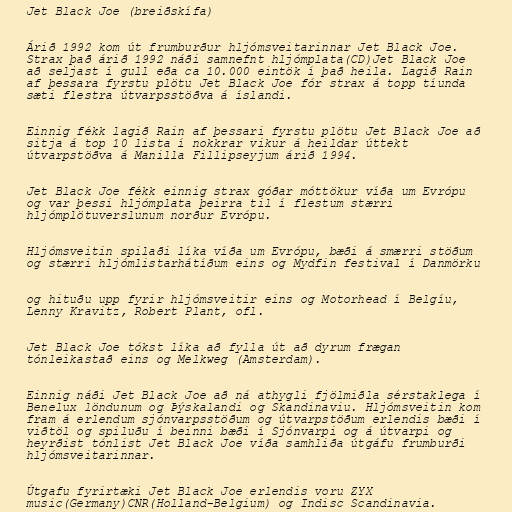
Jet Black Joe (breiðskífa)

Árið 1992 kom út frumburður hljómsveitarinnar Jet Black Joe.
Strax það árið 1992 náði samnefnt hljómplata(CD)Jet Black Joe
að seljast í gull eða ca 10.000 eintök í það heila. Lagið Rain
af þessara fyrstu plötu Jet Black Joe fór strax á topp tíunda
sæti flestra útvarpsstöðva á íslandi.

Einnig fékk lagið Rain af þessari fyrstu plötu Jet Black Joe að
sitja á top 10 lista í nokkrar vikur á heildar úttekt
útvarpstöðva á Manilla Fillipseyjum árið 1994.

Jet Black Joe fékk einnig strax góðar móttökur víða um Evrópu
og var þessi hljómplata þeirra til í flestum stærri
hljómplötuverslunum norður Evrópu.

Hljómsveitin spilaði líka víða um Evrópu, bæði á smærri stöðum
og stærri hljómlistarhátíðum eins og Mydfin festival í Danmörku

og hituðu upp fyrir hljómsveitir eins og Motorhead í Belgíu,
Lenny Kravitz, Robert Plant, ofl.

Jet Black Joe tókst líka að fylla út að dyrum frægan
tónleikastað eins og Melkweg (Amsterdam).

Einnig náði Jet Black Joe að ná athygli fjölmiðla sérstaklega í
Benelux löndunum og Þýskalandi og Skandinaviu. Hljómsveitin kom
fram á erlendum sjónvarpsstöðum og útvarpstöðum erlendis bæði í
viðtöl og spiluðu í beinni bæði í Sjónvarpi og á útvarpi og
heyrðist tónlist Jet Black Joe víða samhliða útgáfu frumburði
hljómsveitarinnar.

Útgafu fyrirtæki Jet Black Joe erlendis voru ZYX
music(Germany)CNR(Holland-Belgium) og Indisc Scandinavia.